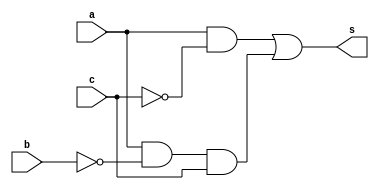
module f(output s, input a, input b, input c);
  wire w1, w2, w3, w4;
  not NOT_1 (w1, b);
  not NOT_2 (w2, c);
  and AND_1 (w3, a, w2);
  and AND_2 (w4, a, w1, c);
  or OR_1 (s, w3, w4);
endmodule